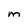
Character: M